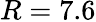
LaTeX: R=7.6